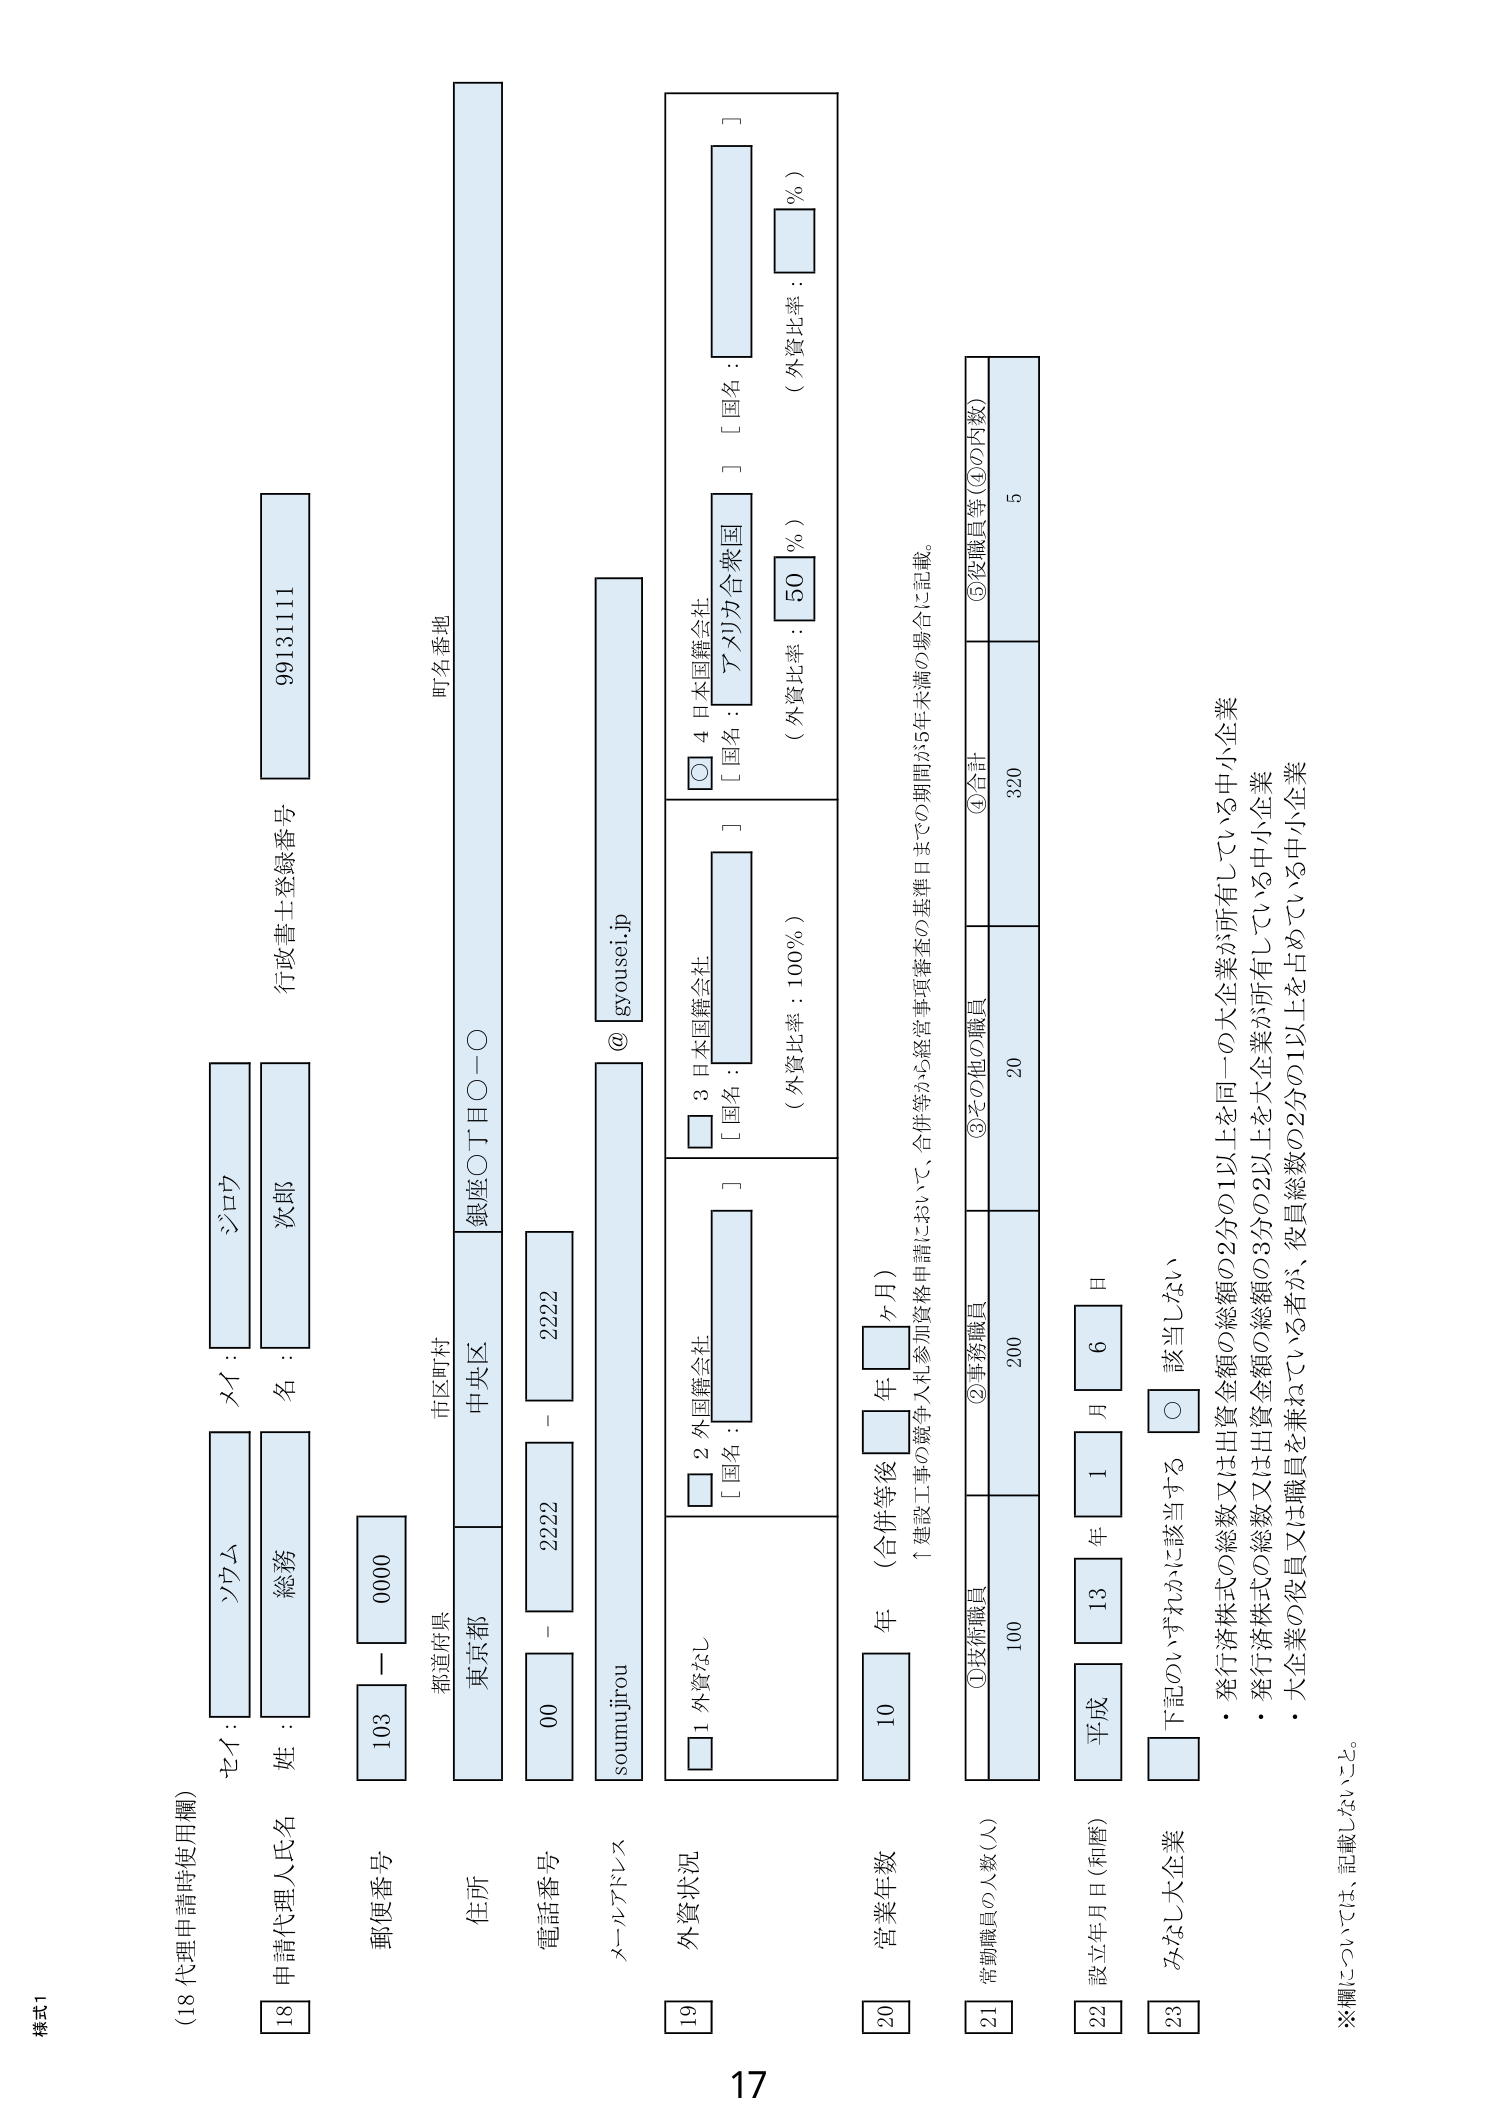
様式1
（18 代理申請時使用欄）

セイ： ノウム
メイ： ジロウ

[18] 申請代理人氏名
姓： 総務
名： 次郎
行政書士登録番号 99131111

郵便番号
103 - 0000

住所
都道府県 東京都
市区町村 中央区
町名番地 銀座〇丁目〇ー〇

電話番号
00 - 2222 - 2222

メールアドレス
soumujirou @ gyousei.jp

[19] 外資状況
□ 1 外資なし
□ 2 外国籍会社
[ 国名： ]
□ 3 日本国籍会社
[ 国名： ] （外資比率：100％）
○ 4 日本国籍会社
[ 国名： アメリカ合衆国 ] （外資比率：50％）

[20] 営業年数
10 年（合併等後 □ 年 □ ヶ月）
↑建設工事の競争入札参加資格申請において、合併等から経営事項審査の基準日までの期間が5年未満の場合に記載。

[21] 常勤職員の人数（人）
①技術職員 100
②事務職員 200
③その他の職員 20
④合計 320
⑤役職員等（④の内数） 5

[22] 設立年月日（和暦）
平成 13 年 1 月 6 日

[23] みなし大企業
□ 下記のいずれかに該当する
○ 該当しない
・発行済株式の総数又は出資金額の2分の1以上を同一の大企業が所有している中小企業
・発行済株式の総数又は出資金額の3分の2以上を大企業が所有している中小企業
・大企業の役員又は職員を兼ねている者が、役員総数の2分の1以上を占めている中小企業

※欄については、記載しないこと。

17